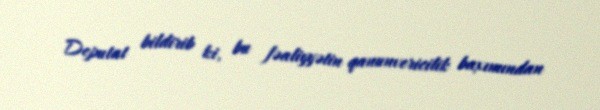
Deputat bildirib ki, bu fəaliyyətin qanunvericilik baxımından